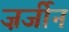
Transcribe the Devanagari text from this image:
ज़र्जीन